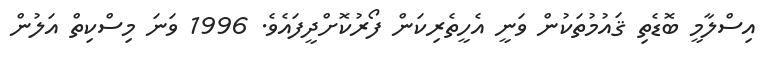
އިސްލާމީ ބޮޑެތި ޤައުމުތަކުން ވަނީ އެހީތެރިކަން ފޯރުކޮށްދީފައެވެ. 1996 ވަނަ މިސްކިތް އަލުން